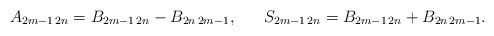
LaTeX: \begin{align*}A_{2m-1\,2n}=B_{2m-1\,2n}- B_{2n\,2m-1},~~~~~ S_{2m-1\,2n}=B_{2m-1\,2n}+ B_{2n\,2m-1}.\end{align*}